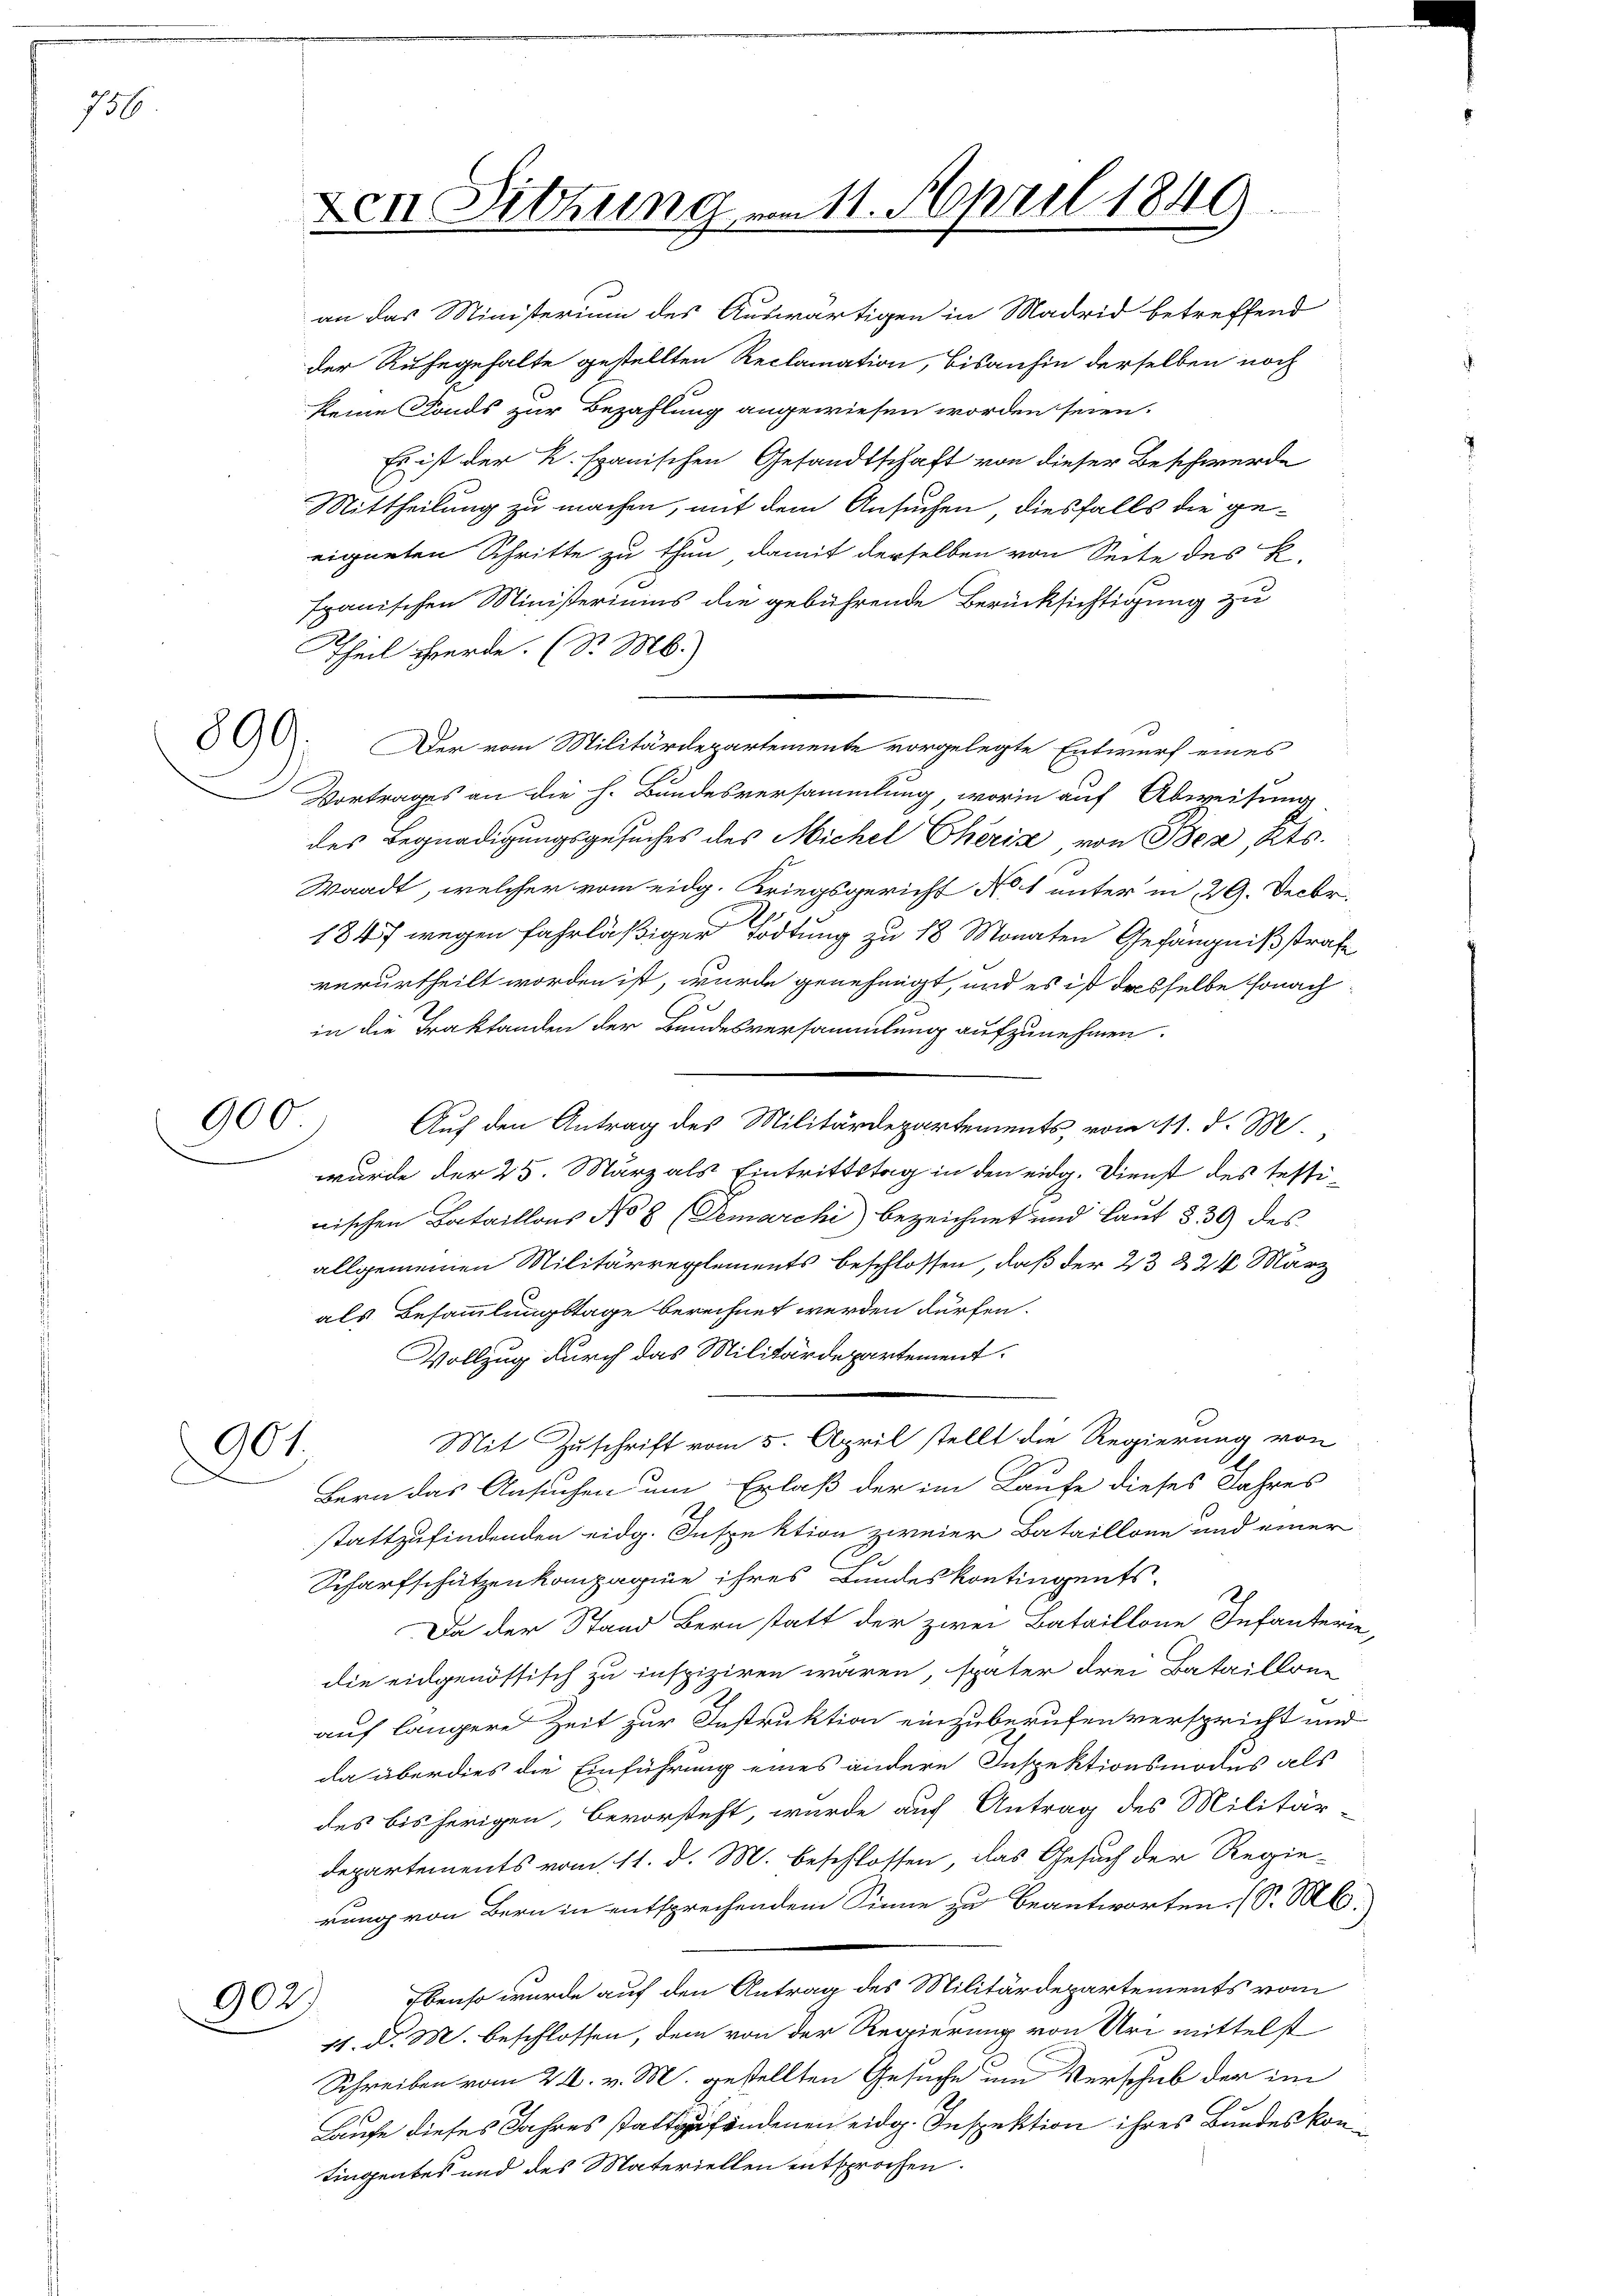
756

890.

900

901.

902.

Den Sitzung am 11. April 1849

an das Ministerium des Auswärtigen in Madrid betreffend
der Ruhegehalte gestellten Reclamation, bisanhin derselben noch
keine Fonds zur Bezahlung angewiesen worden seien.
Es ist der K. spanischen Gesandtschaft von dieser Beschwerde
Mittheilung zu machen, mit dem Ansuchen, diesfalls die geeigneten Schritte zu thun, damit derselben von Seite des K.
Ipanischen Ministeriums die gebührende Berücksichtigung zu
Theil werde. (Dr. M.)
Der vom Militärdepartemente vorgelegte Entwurf eines
Vortrages an die h. Bundesversammlung, worin auf Abweisung,
des Begnadigungsgesuches des Michel Eheris von Bea, Kts.
Waadt, welcher vom eidg. Kriegsgericht No 1 unter in 29. Decbr.
1847 wegen fahrläßiger Tödtung zu 18 Monaten Gefängnißstrafe
verurtheilt worden ist, wurde genehmigt, und es ist dasselbe sonach
in die Traktanden der Bundesversammlung aufzunehmen.
Auf den Antrag des Militärdepartements, vom 11. d. M
wurde der 25. März als Eintrittstag in den eidg. Dienst des testirischen Bataillons No 8 (Demarchi) bezeichnet und Laut § 39 des
allgemeinen Militärreglements beschlossen, daß der 23 § 24 März
als Besammlungstage berechnet werden dürfen.
Vollzug durch das Militärdepartement.
Mit Zuschrift vom 5. April stellt die Regierung von
Bern das Ansuchen um Erlaß der im Laufe dieses Jahres
stattzufindenden eidg. Inspektion zweier Bataillone und einer
Scharfschützenkompagnie ihres Bundeskontingents-
Da der Stand Bern statt der zwei Bataillone Infanterie
die eidgenössisch zu inspiziren wären, später drei Bataillone
auf längere Zeit zur Instruktion einzuberufen verspricht und
da überdies die Einführung eines andere Inspektionsmodes als
des bisherigen, bevorsteht, wurde auf Antrag des Militär-
Departements vom 11. d. M. beschlossen, das Gesuch der Regie-
rung von Bern in entsprechendem Sinne zu beantworten. (S. M.)
Ebenso wurde auf den Antrag des Militärdepartements vom
11. d. M. beschlossen, dem von der Regierung von Uri mittelst
Schreiben vom 24. v. M. gestellten Gesuche um Verschub der im
Laufe dieses Jahres stattzufindenen eidg. Inspektion ihres Bundes kontingentes und des Materiellen entsprochen.